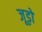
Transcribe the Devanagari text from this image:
जूड़ों